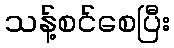
သန့်စင်စေပြီး